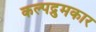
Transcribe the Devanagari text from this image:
कल्पद्रुमकार